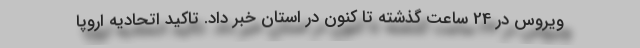
ویروس در 24 ساعت گذشته تا کنون در استان خبر داد. تاکید اتحادیه اروپا